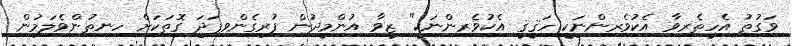
ވަގުތު އެހީތެރިވާ އެކުވެރިންނަކީ ހަޤީޤީ އެކުވެރިންނަކީ" ޒީވާ އުންމީދުން ފުރިގެންވިފަދަ ގޮތަކަށް ހިނިތުންވެލަމުން